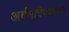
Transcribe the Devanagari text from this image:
अर्थसचिवपदावर